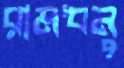
রামধনু